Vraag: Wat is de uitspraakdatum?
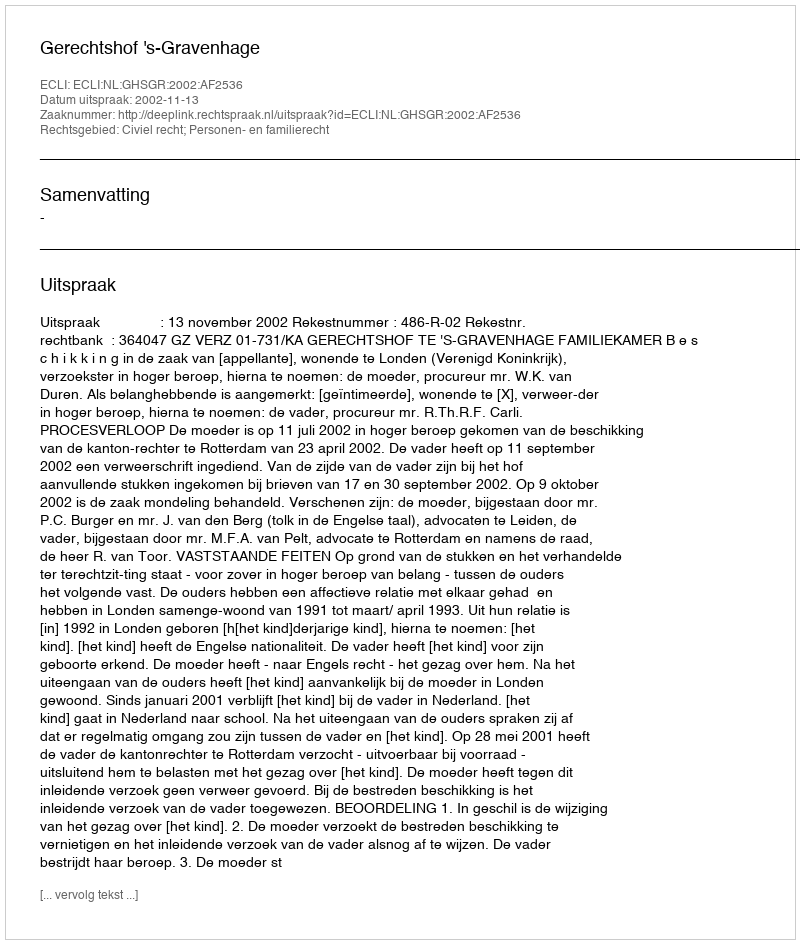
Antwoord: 2002-11-13